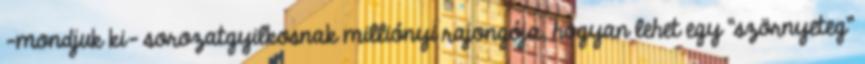
-mondjuk ki- sorozatgyilkosnak milliónyi rajongója, hogyan lehet egy “szörnyeteg”